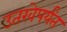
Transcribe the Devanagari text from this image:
उतरवेपर्यंत